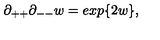
\partial _ { + + } \partial _ { -- } w = e x p \{ 2 w \} ,